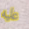
عليه